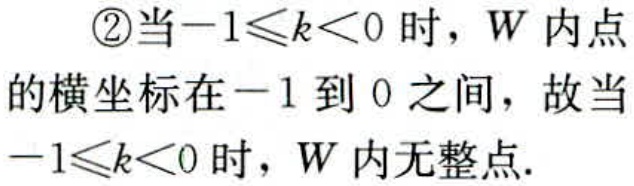
\textcircled{2}当\(-1\leqslant k<0\)时，\(W\)内点
的横坐标在\(-1\)到 \(0\) 之间，故当
\(-1\leqslant k<0\)时，\(W\)内无整点.